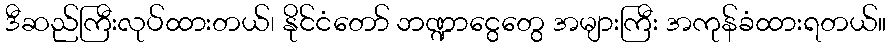
ဒီဆည်ကြီးလုပ်ထားတယ်၊ နိုင်ငံတော် ဘဏ္ဍာငွေတွေ အများကြီး အကုန်ခံထားရတယ်။